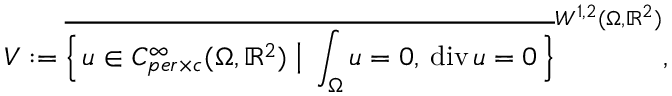
V : = \overline { { \Big \{ \, u \in C _ { p e r \times c } ^ { \infty } ( \Omega , \mathbb { R } ^ { 2 } ) \; \big \vert \; \int _ { \Omega } u = 0 , \: \mathrm { d i v } \, u = 0 \, \Big \} } } ^ { W ^ { 1 , 2 } ( \Omega , \mathbb { R } ^ { 2 } ) } ,